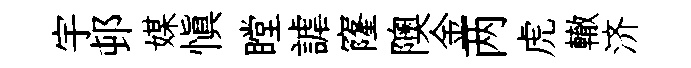
宇邨媒愼瞠謔窿隩金两虎轍济